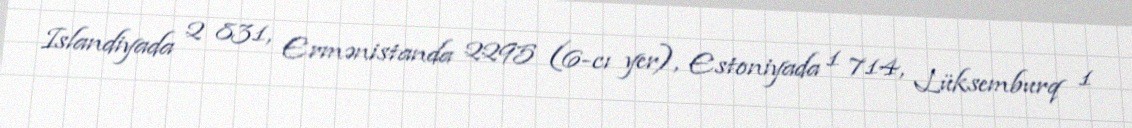
Islandiyada 2 831, Ermənistanda 2295 (6-cı yer), Estoniyada 1 714, Lüksemburq 1